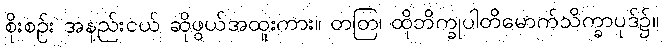
စိုးစဉ်း အနည်းငယ် ဆိုဖွယ်အထူးကား။ တတြ၊ ထိုဘိက္ခုပါတိမောက်သိက္ခာပုဒ်၌။